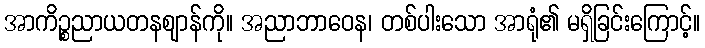
အာကိဉ္စညာယတနဈာန်ကို။ အညာဘာဝေန၊ တစ်ပါးသော အာရုံ၏ မရှိခြင်းကြောင့်။